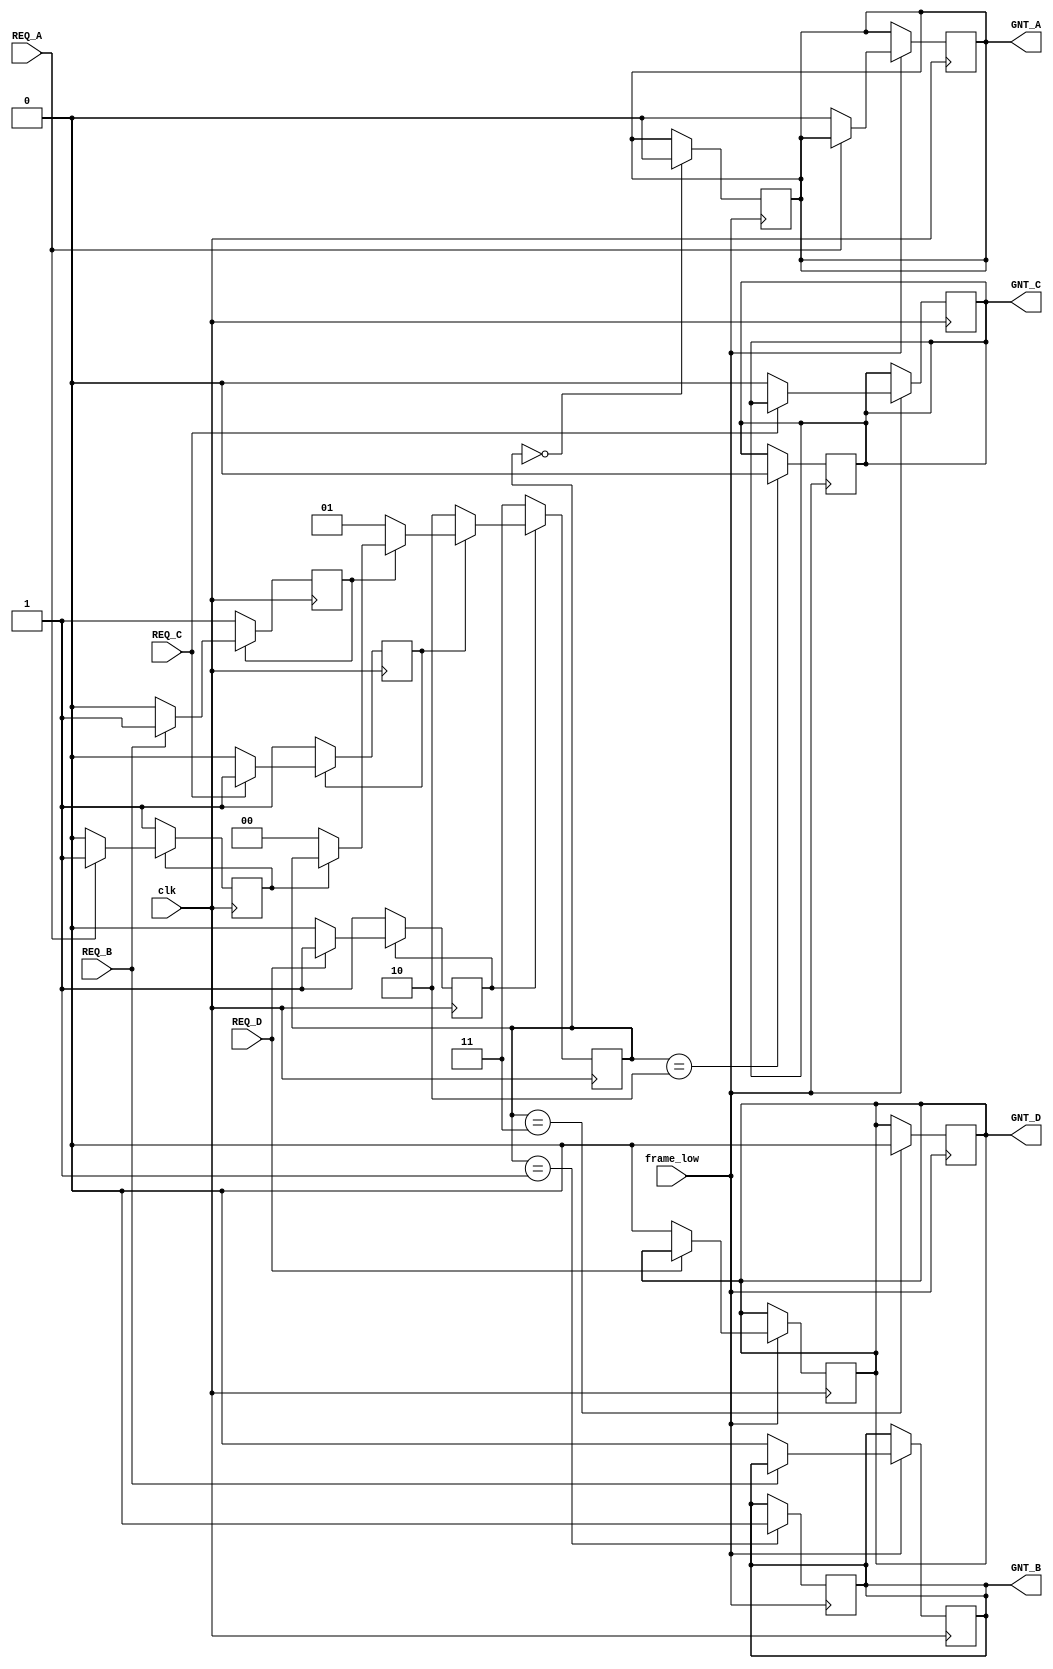
module arbiter 
( 
input clk,
input REQ_A, 
input REQ_B, 
input REQ_C,
input REQ_D,
input frame_low,
output reg GNT_A, 
output reg GNT_B, 
output reg GNT_C,
output reg GNT_D
);
////////////////////////////////////////////Active looooooooooooooooooowhhhhhhhhhhhhhhhhhhhhhhh
reg [1:0] next_master;// the next one to get the bus
integer i; // counter in for loop
reg [0:0] mem [0:3]; // queue the requests

always @ (posedge clk)
begin

if(REQ_A==0)
begin
mem[0][0]<=REQ_A;
end


if(REQ_B==0)
begin
mem[1][0]<=REQ_B;
end


if(REQ_C==0)
begin
mem[2][0]<=REQ_C;
end


if(REQ_D==0)
begin
mem[3][0]<=REQ_D;
end

for(i=0;i<4;i=i+1)
begin
 if(mem[i][0]==0)
  begin
    next_master<=i;
    mem[i][0]<=1;
  end
end

end


always @ (negedge clk)
begin
if(frame_low==1)
begin
 if(REQ_A==0)
  begin
  GNT_A<=0;
  end

 if(REQ_B==0)
  begin
  GNT_B<=0;
  end

 if(REQ_C==0)
  begin
  GNT_C<=0;
  end

 if(REQ_D==0)
  begin
  GNT_D<=0;
  end

end
end

always @ (posedge frame_low)
begin
case(next_master)
0: GNT_A <= 0;
1: GNT_B <= 0;
2: GNT_C <= 0;
3: GNT_D <= 0;
endcase

end

endmodule